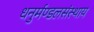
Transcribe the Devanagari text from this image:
धनुर्मण्डलसंस्थाय